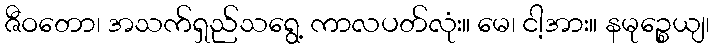
ဇီဝတော၊ အသက်ရှည်သရွေ့ ကာလပတ်လုံး။ မေ၊ ငါ့အား။ နမုဉ္စေယျ၊